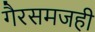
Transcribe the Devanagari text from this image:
गैरसमजही